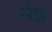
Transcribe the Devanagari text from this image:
सेझ